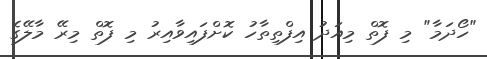
"ހޯދަމާ" މި ފޮތް މިއަދު އިފްތިތާހު ކޮށްފައިވާއިރު މި ފޮތް މިރޭ މާލޭގެ